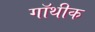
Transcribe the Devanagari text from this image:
गॉथीक